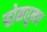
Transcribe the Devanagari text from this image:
र्‍होमधूनच